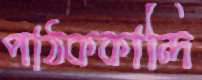
পাঠককান্দি